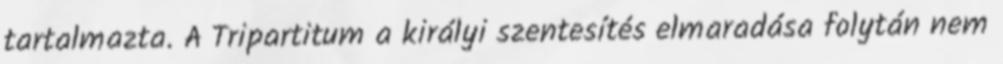
tartalmazta. A Tripartitum a királyi szentesítés elmaradása folytán nem